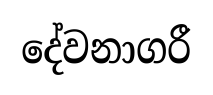
දේවනාගරී